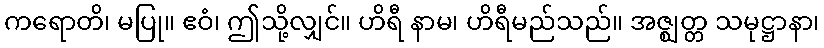
ကရောတိ၊ မပြု။ ဧဝံ၊ ဤသို့လျှင်။ ဟိရီ နာမ၊ ဟိရီမည်သည်။ အဇ္ဈတ္တ သမုဋ္ဌာနာ၊